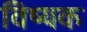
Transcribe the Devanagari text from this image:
विष्यक